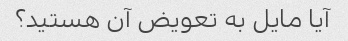
آیا مایل به تعویض آن هستید؟